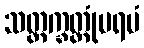
သတ္တက္ခတ္တုံပရမံ